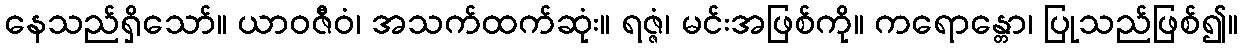
နေသည်ရှိသော်။ ယာဝဇီဝံ၊ အသက်ထက်ဆုံး။ ရဇ္ဇံ၊ မင်းအဖြစ်ကို။ ကရောန္တော၊ ပြုသည်ဖြစ်၍။